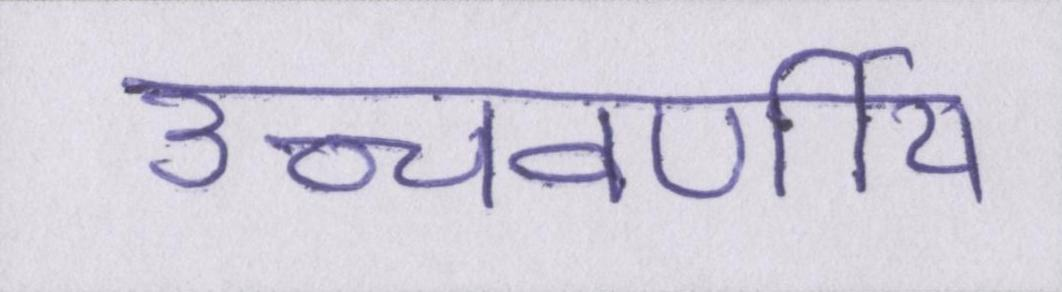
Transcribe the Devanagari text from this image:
उच्चवर्णीय